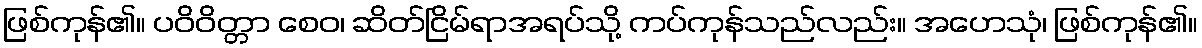
ဖြစ်ကုန်၏။ ပဝိဝိတ္တာ စေဝ၊ ဆိတ်ငြိမ်ရာအရပ်သို့ ကပ်ကုန်သည်လည်း။ အဟေသုံ၊ ဖြစ်ကုန်၏။